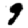
Digit: 9